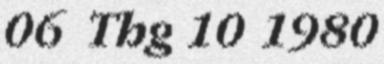
06 Thg 10 1980